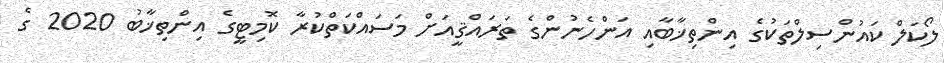
ލޯކަލް ކައުންސިލްތަކުގެ އިންތިޚާބާއި އަންހެނުންގެ ތަރައްޤީއަށް މަސައްކަތްކުރާ ކޮމިޓީގެ އިންތިޚާބު 2020 ގެ